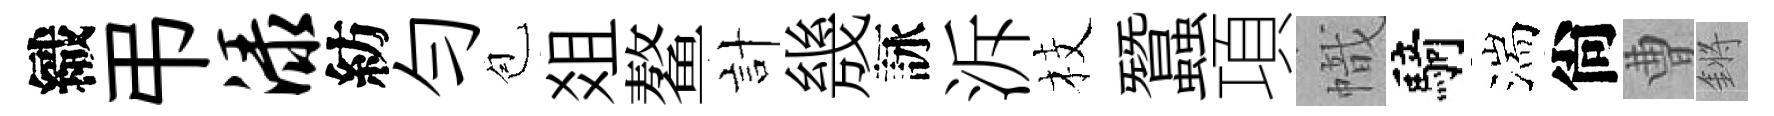
織弔渌紡勻苞爼鳌計㡬詠泝枝蠶項幟騎湍尙曹鏘